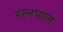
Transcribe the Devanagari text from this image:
रत्नपाल